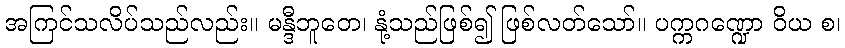
အကြင်သလိပ်သည်လည်း။ မန္ဒီဘူတေ၊ နုံ့သည်ဖြစ်၍ ဖြစ်လတ်သော်။ ပက္ကဂဏ္ဍော ဝိယ စ၊